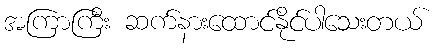
အကြာကြီး ဆက်နားထောင်နိုင်ပါသေးတယ်